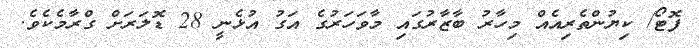
ފޮޓޯ/ ކިޔުންތެރިއެއް މިހާރު ބާޒާރުގައި މާވަހަރުގެ އަގު އުޅެނީ 28 ޑޮލަރަށް ގްރާމެކެވެ.